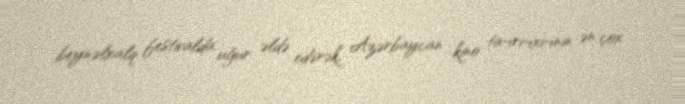
beynəlxalq festivalda uğur əldə edərək, Azərbaycan kino ta¬ri¬xi¬nin ən çox